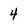
Character: 4